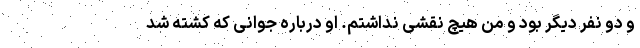
و دو نفر دیگر بود و من هیچ نقشی نداشتم. او درباره جوانی که کشته شد